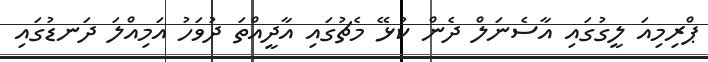
ޕްރިމިއަ ލީގުގައި އާސެނަލް ދެން ކުޅޭ މެޗުގައި އާދީއްތަ ދުވަހު އަމިއްލަ ދަނޑުގައި